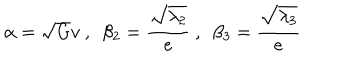
LaTeX: \alpha = \sqrt { G } v \ , \ \ \beta _ { 2 } = \frac { \sqrt { \lambda _ { 2 } } } { e } \ , \ \ \beta _ { 3 } = \frac { \sqrt { \lambda _ { 3 } } } { e }